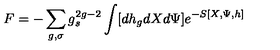
F = - \sum _ { g , \sigma } g _ { s } ^ { 2 g - 2 } \int [ d h _ { g } d X d \Psi ] e ^ { - S [ X , \Psi , h ] }